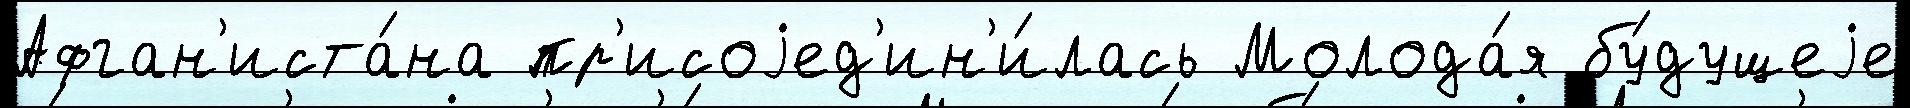
Афган'иста́на пр'исоjед'ин'и́лась Молода́я бу́дущеjе